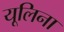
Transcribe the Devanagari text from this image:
यूलिना